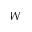
W